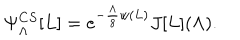
\Psi _ { \Lambda } ^ { C S } [ L ] = e ^ { - { \frac { \Lambda } { 8 } } w ( L ) } J [ L ] ( \Lambda ) .